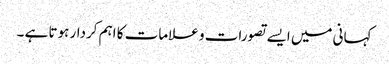
کہانی میں ایسے تصورات و علامات کا اہم کردار ہوتا ہے ۔